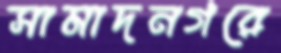
সামাদনগরে